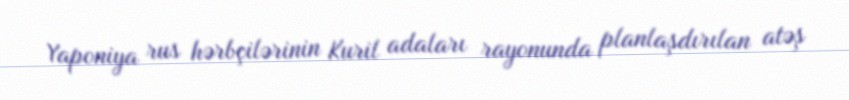
Yaponiya rus hərbçilərinin Kuril adaları rayonunda planlaşdırılan atəş